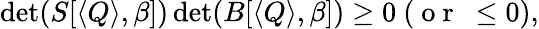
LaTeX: \operatorname*{det}(S[\langle Q\rangle,\beta])\operatorname*{det}(B[\langle Q\rangle,\beta])\ge 0\ (\mathrm{~o~r~}\ \le 0),